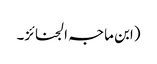
(ابن ماجہ الجنائز۔